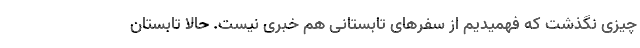
چیزی نگذشت که فهمیدیم از سفرهای تابستانی هم خبری نیست. حالا تابستان